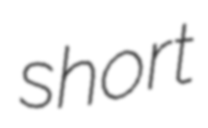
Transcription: short